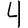
Digit: 4